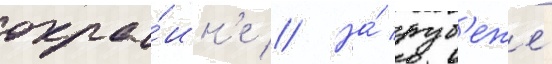
окра́ин'е // На́ руб'еже́